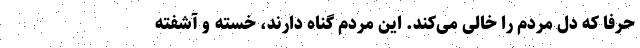
حرفا که دل مردم را خالی می‌کند. این مردم گناه دارند، خسته و آشفته